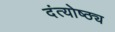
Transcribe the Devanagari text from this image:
दंत्योष्ठ्य